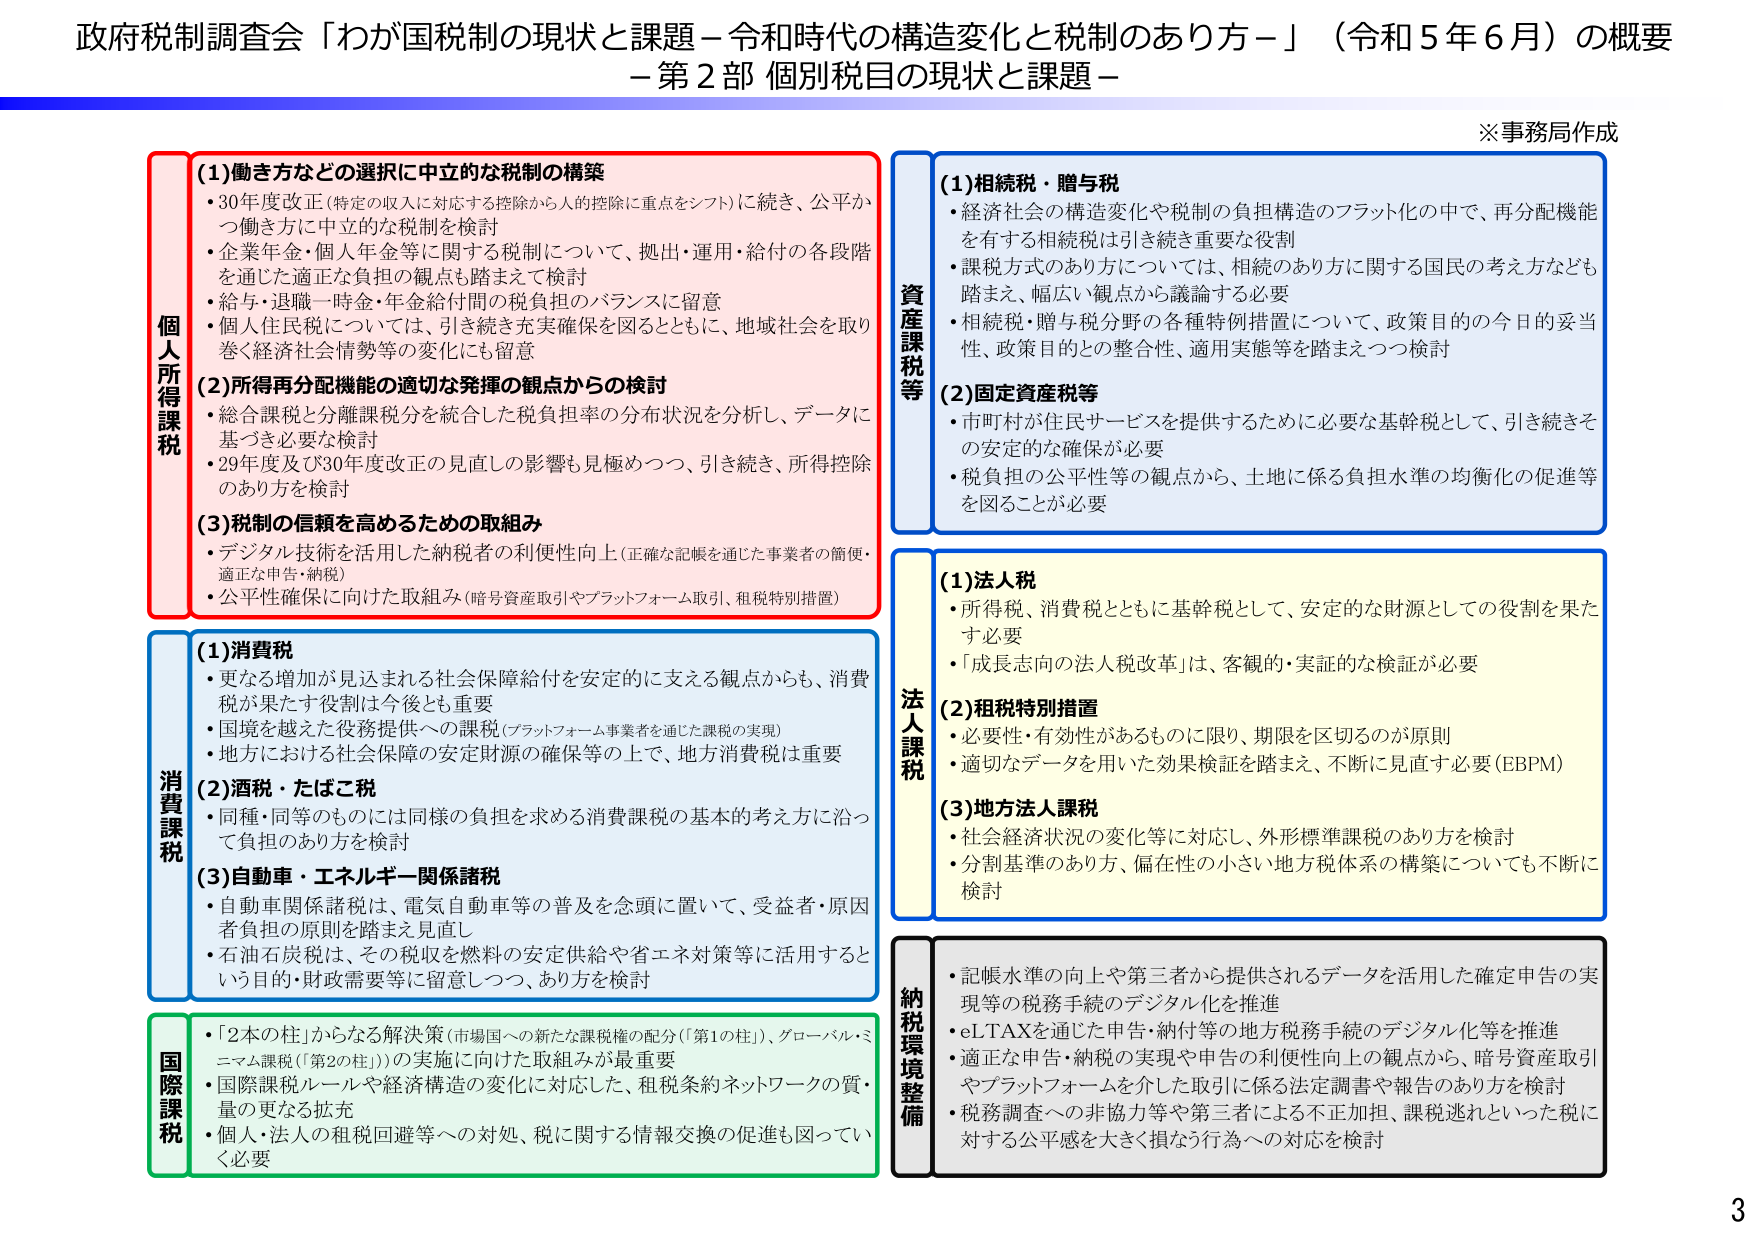
政府税制調査会「わが国税制の現状と課題－令和時代の構造変化と税制のあり方－」（令和5年6月）の概要
－第2部 個別税目の現状と課題－

※事務局作成

**個人所得課税**
(1)働き方などの選択に中立的な税制の構築
・30年度改正（特定の収入に対応する控除から人的控除に重点をシフト）に続き、公平かつ働き方に中立的な税制を検討
・企業年金・個人年金等に関する税制について、拠出・運用・給付の各段階を通じた適正な負担の観点も踏まえて検討
・給与・退職一時金・年金給付間の税負担のバランスに留意
・個人住民税については、引き続き充実確保を図るとともに、地域社会を取り巻く経済社会情勢等の変化にも留意

(2)所得再分配機能の適切な発揮の観点からの検討
・総合課税と分離課税分を統合した税負担率の分布状況を分析し、データに基づき必要な検討
・29年度及び30年度改正の見直しの影響も見極めつつ、引き続き、所得控除のあり方を検討

(3)税制の信頼を高めるための取組み
・デジタル技術を活用した納税者の利便性向上（正確な記帳を通じた事業者の簡便・適正な申告・納税）
・公平性確保に向けた取組み（暗号資産取引やプラットフォーム取引、租税特別措置）

**消費課税**
(1)消費税
・更なる増加が見込まれる社会保障給付を安定的に支える観点からも、消費税が果たす役割は今後とも重要
・国境を越えた役務提供への課税（プラットフォーム事業者を通じた課税の実現）
・地方における社会保障の安定財源の確保等の上で、地方消費税は重要

(2)酒税・たばこ税
・同種・同等のものには同様の負担を求める消費課税の基本的考え方に沿って負担のあり方を検討

(3)自動車・エネルギー関係諸税
・自動車関係諸税は、電気自動車等の普及を念頭に置いて、受益者・原因者負担の原則を踏まえ見直し
・石油石炭税は、その税収を燃料の安定供給や省エネ対策等に活用するという目的・財政需要等に留意しつつ、あり方を検討

**国際課税**
・「2本の柱」からなる解決策（市場国への新たな課税権の分配（「第1の柱」）、グローバル・ミニマム課税（「第2の柱」））の実施に向けた取組みが最重要
・国際課税ルールや経済構造の変化に対応した、租税条約ネットワークの質・量の更なる拡充
・個人・法人の租税回避等への対処、税に関する情報交換の促進も図っていく必要

**資産課税等**
(1)相続税・贈与税
・経済社会の構造変化や税制の負担構造のフラット化の中で、再分配機能を有する相続税は引き続き重要な役割
・課税方式のあり方については、相続のあり方に関する国民の考え方なども踏まえ、幅広い観点から議論する必要
・相続税・贈与税分野の各種特例措置について、政策目的の今日的妥当性、政策目的との整合性、適用実態等を踏まえつつ検討

(2)固定資産税等
・市町村が住民サービスを提供するために必要な基幹税として、引き続きその安定的な確保が必要
・税負担の公平性等の観点から、土地に係る負担水準の均衡化の促進等を図ることが必要

**法人課税**
(1)法人税
・所得税、消費税とともに基幹税として、安定的な財源としての役割を果たす必要
・「成長志向の法人税改革」は、客観的・実証的な検証が必要

(2)租税特別措置
・必要性・有効性があるものに限り、期限を区切るのが原則
・適切なデータを用いた効果検証を踏まえ、不断に見直す必要（EBPM）

(3)地方法人課税
・社会経済状況の変化等に対応し、外形標準課税のあり方を検討
・分割基準のあり方、偏在性の小さい地方税体系の構築についても不断に検討

**納税環境整備**
・記帳水準の向上や第三者から提供されるデータを活用した確定申告の実現等の税務手続のデジタル化を推進
・eLTAXを通じた申告・納付等の地方税務手続のデジタル化等を推進
・適正な申告・納税の実現や申告の利便性向上の観点から、暗号資産取引やプラットフォームを介した取引に係る法定調書や報告のあり方を検討
・税務調査への非協力等や第三者による不正加担、課税逃れといった税に対する公平感を大きく損なう行為への対応を検討

3